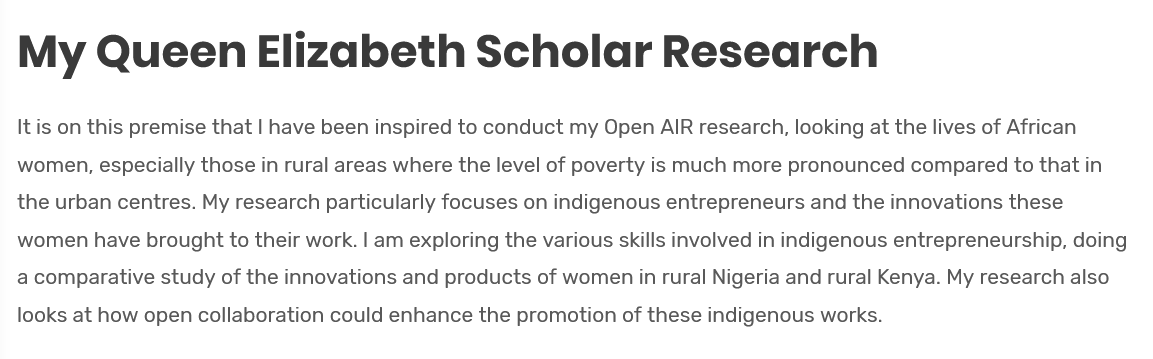
My    Queen    Elizabeth    Scholar    Research
  It is on this premise that | have been inspired to conduct my Open AIR research, looking at the lives of African
  women, especially those in rural areas where the level of poverty is much more pronounced compared to that in
  the urban centres. My research particularly focuses on indigenous entrepreneurs and the innovations these
  women have brought to their work. | am exploring the various skills involved in indigenous entrepreneurship, doing
  a comparative study of the innovations and products of women in rural Nigeria and rural Kenya. My research also
  looks at how open collaboration could enhance the promotion of these indigenous works.